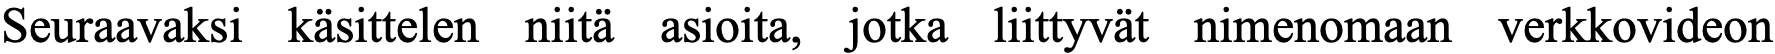
Seuraavaksi käsittelen niitä asioita, jotka liittyvät nimenomaan verkkovideon